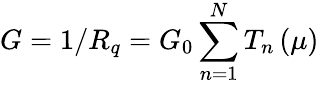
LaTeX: G=1/R_{q}=G_{0}\sum_{n=1}^{N}T_{n}\left(\mu\right)